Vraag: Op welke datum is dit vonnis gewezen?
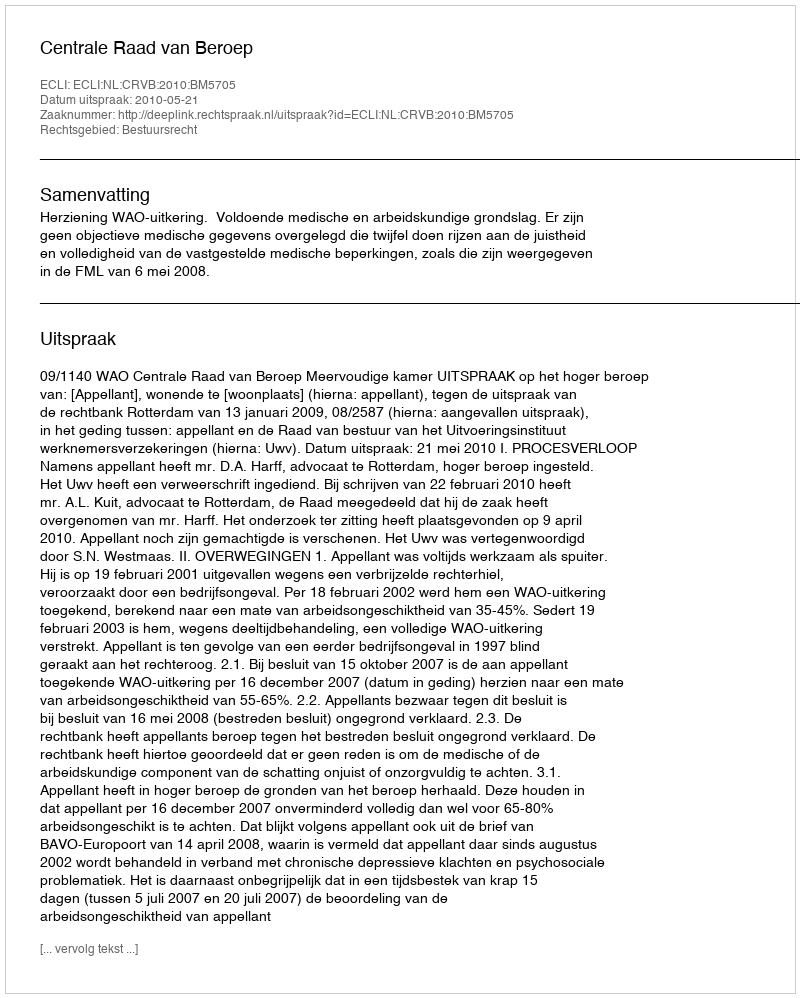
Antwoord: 2010-05-21